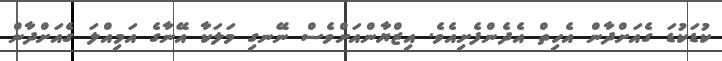
ކުޑަކުޑަ ގެއަށްދާން އެހިތް އެދެންފެށިއެވެ. އިޒްޔާންއަށްވެސް ނޭނގި މަލަކާ އޭނާގެ އަމިއްލަ ގެއަށްދާން